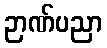
ဉာဏ်ပညာ